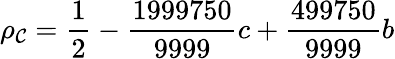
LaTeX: \rho_{\mathcal{C}}=\frac{{1}}{{2}}-\frac{{1999750}}{{9999}}c+\frac{{499750}}{{9999}}b